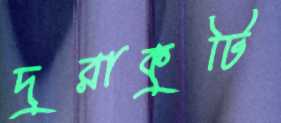
দুরাকুটি